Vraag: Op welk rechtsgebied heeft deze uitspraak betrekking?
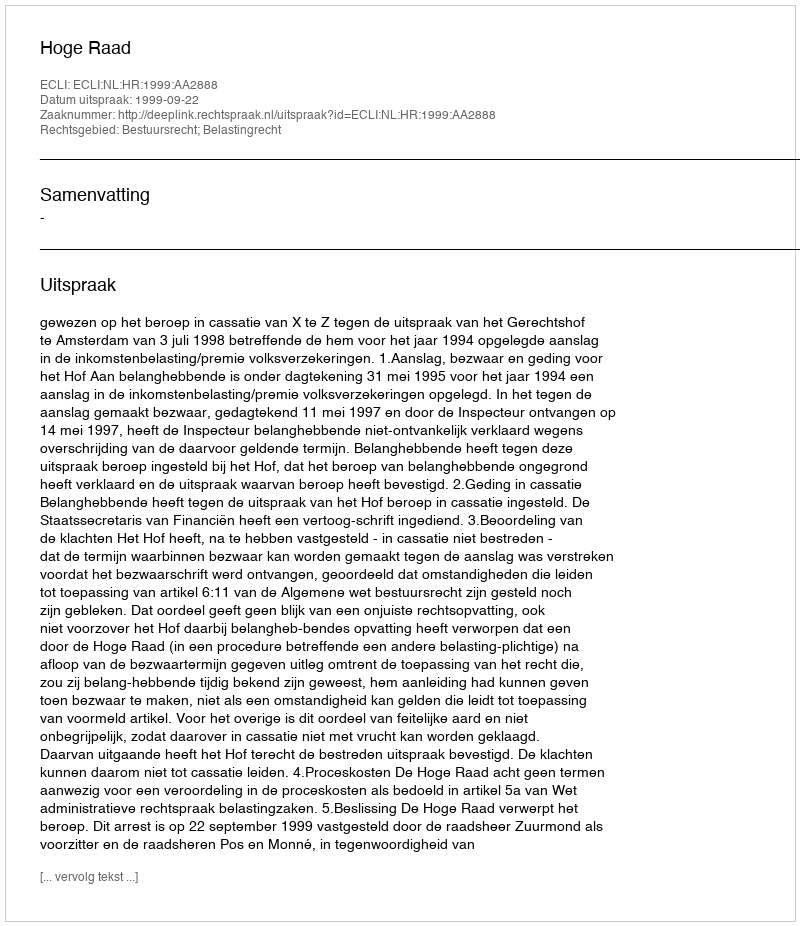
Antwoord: Bestuursrecht; Belastingrecht